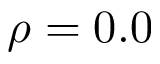
\rho = 0 . 0